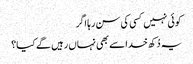
کوئی نہیں کسی کی سن رہا اگر
یہ دُکھ خدا سے بھی نہاں رہیں گے کیا؟